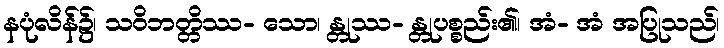
နပုံလိန်၌၊ သဝိဘတ္တိဿ- သော၊ န္တုဿ- န္တုပစ္စည်း၏၊ အံ- အံ အပြုသည်၊